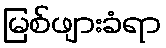
မြစ်ဖျားခံရာ